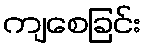
ကျစေခြင်း